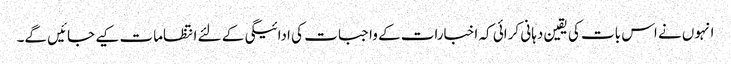
انہوں نے اس بات کی یقین دہانی کرائی کہ اخبارات کے واجبات کی ادائیگی کے لئے انتظامات کیے جائیں گے۔